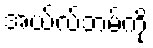
အယ်လ်ဘမ်ကို